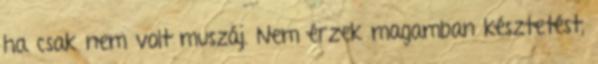
ha csak nem volt muszáj. Nem érzek magamban késztetést,